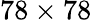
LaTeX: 78\times 78